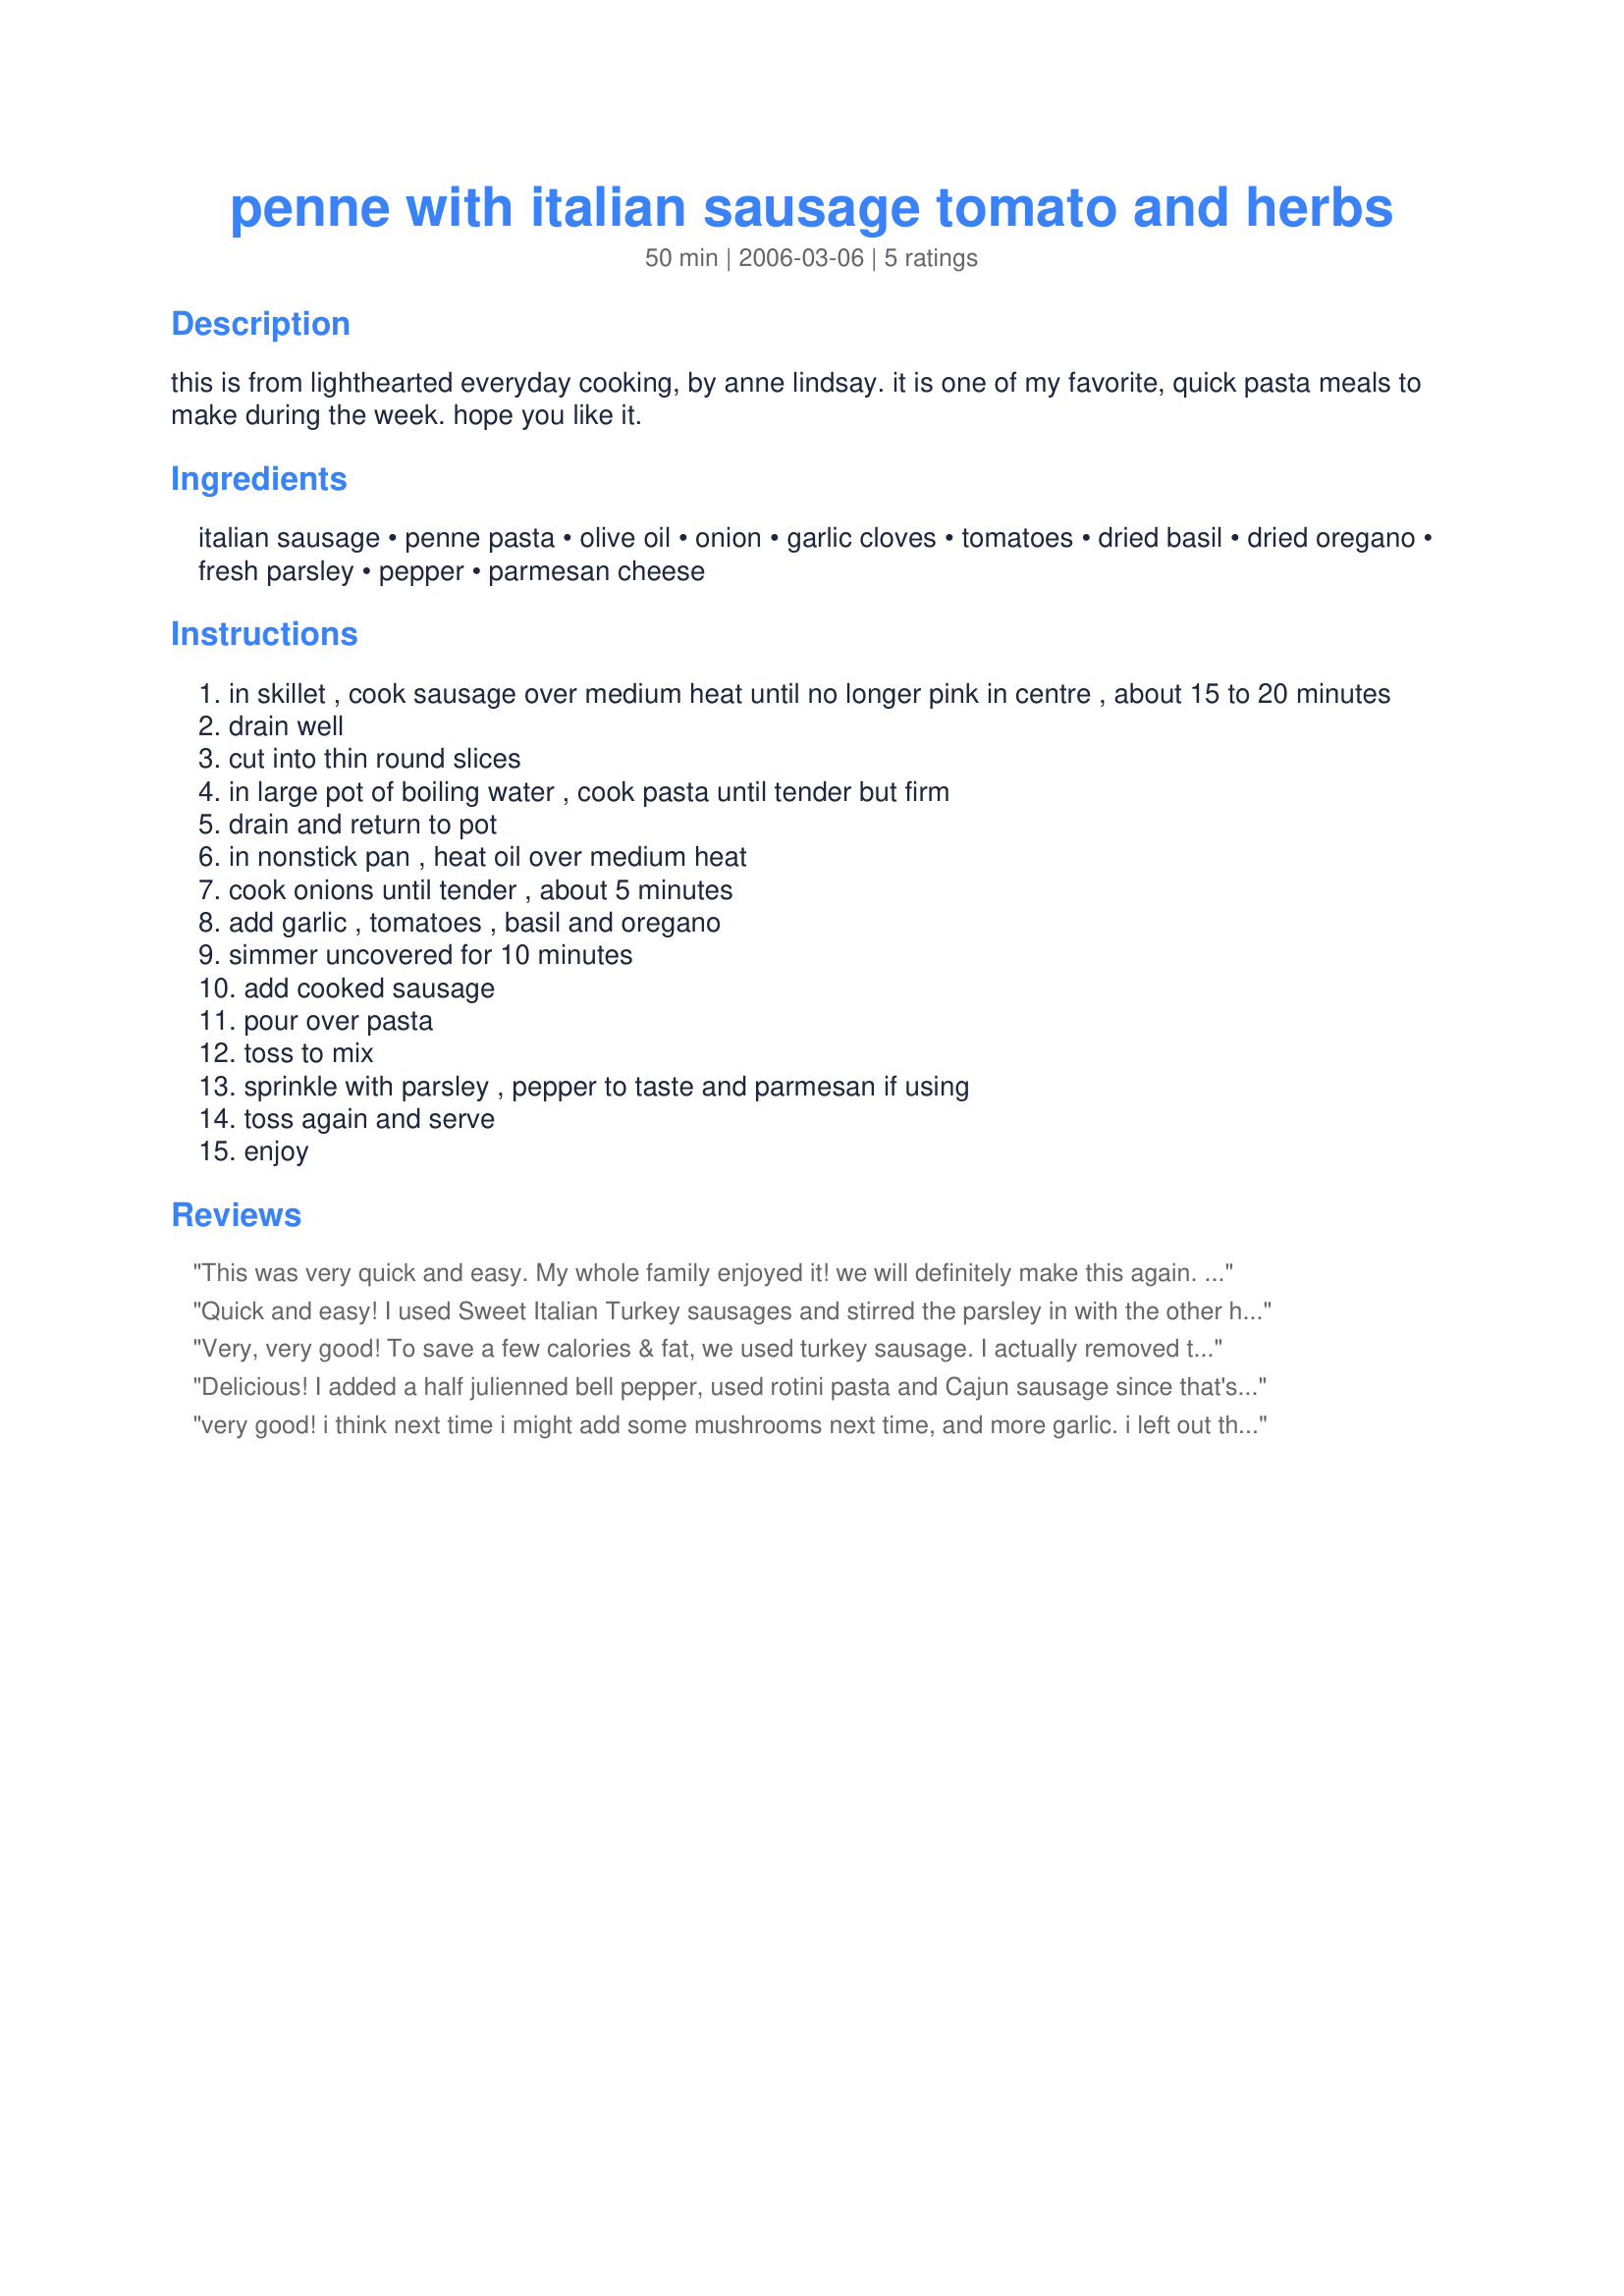
penne with italian sausage tomato and herbs
Preparation time: 50 minutes

this is from lighthearted everyday cooking, by anne lindsay. it is one of my favorite, quick pasta meals to make during the week. hope you like it.

Ingredients:
italian sausage, penne pasta, olive oil, onion, garlic cloves, tomatoes, dried basil, dried oregano, fresh parsley, pepper, parmesan cheese

Steps:
in skillet , cook sausage over medium heat until no longer pink in centre , about 15 to 20 minutes
drain well
cut into thin round slices
in large pot of boiling water , cook pasta until tender but firm
drain and return to pot
in nonstick pan , heat oil over medium heat
cook onions until tender , about 5 minutes
add garlic , tomatoes , basil and oregano
simmer uncovered for 10 minutes
add cooked sausage
pour over pasta
toss to mix
sprinkle with parsley , pepper to taste and parmesan if using
toss again and serve
enjoy

Reviews:
This was very quick and easy. My whole family enjoyed it! we will definitely make this again. thanks!
Quick and easy! I used Sweet Italian Turkey sausages and stirred the parsley in with the other herbs so it would cook a little. This recipe lends itself to additions, such as mushrooms and maybe shredded mozzarella. Thanks for a keeper. Made for Fall 2012 PAC game.
Very, very good! To save a few calories & fat, we used turkey sausage. I actually removed the casings & cut into coins before frying. I liked that the sausage got crispy on all sides that way. This is a very simple recipe to prepare but has so much flavour. Makes your kitchen smell amazing, too!
Delicious! I added a half julienned bell pepper, used rotini pasta and Cajun sausage since that's what was on hand. Will make again as it was quick and everyone really enjoyed.
very good! i think next time i might add some mushrooms next time, and more garlic. i left out the parsley
